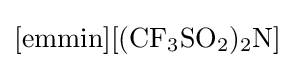
{\ce {[emmin][(CF3SO2)2N]}}